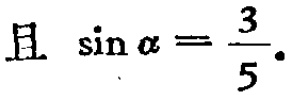
且 $\sin \alpha = \frac{3}{5}$.